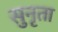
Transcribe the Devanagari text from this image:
सुनृता